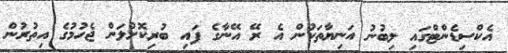
އެކްސިޑެންޓްގައި ލިބުނު އަނިޔާތަކުން އެ ރޭ އޭނާގެ ފައި ބުރިކޮށްލަން ޖެހުމުގެ އިތުރުން